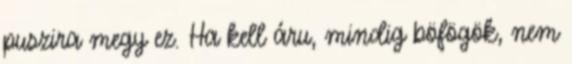
puszira megy ez. Ha kell áru, mindig böfögök, nem